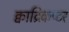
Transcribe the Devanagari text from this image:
क्वाद्रिकप्टर